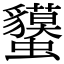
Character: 𧕤